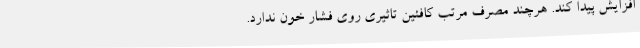
افزایش پیدا کند. هرچند مصرف مرتب کافئین تاثیری روی فشار خون ندارد.